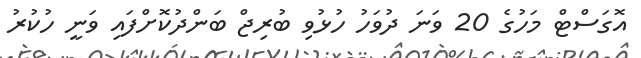
އޮގަސްޓް މަހުގެ 20 ވަނަ ދުވަހު ހުޅުވި ބުރިޖް ބަންދުކޮށްފައި ވަނީ ހުކުރު